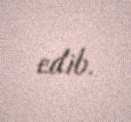
edib.